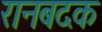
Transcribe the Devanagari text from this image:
रानबदक